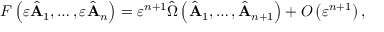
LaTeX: F \left( \varepsilon \hat { \bf A } _ { 1 } , \ldots , \varepsilon \hat { \bf A } _ { n } \right) = \varepsilon ^ { n + 1 } \hat { \Omega } \left( \hat { \bf A } _ { 1 } , \ldots , \hat { \bf A } _ { n + 1 } \right) + O \left( \varepsilon ^ { n + 1 } \right) ,